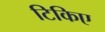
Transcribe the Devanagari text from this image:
टिकिए